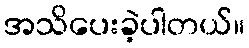
အသိပေးခဲ့ပါတယ်။